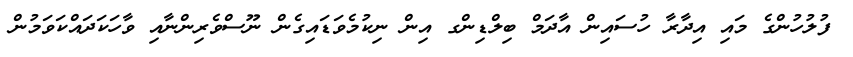
ފުލުހުންގެ މައި އިދާރާ ހުސައިން އާދަމް ބިލްޑިންގ އިން ނިކުމެވަޑައިގެން ނޫސްވެރިންނާއި ވާހަކަދައްކަވަމުން